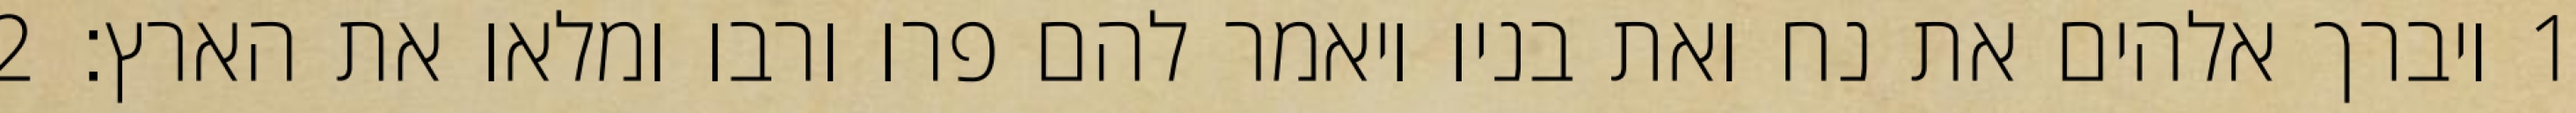
1 ויברך אלהים את נח ואת בניו ויאמר להם פרו ורבו ומלאו את הארץ׃ ‎2‏